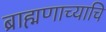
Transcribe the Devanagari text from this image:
ब्राह्मणाच्याचि